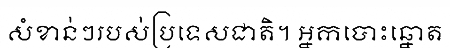
សំខាន់ៗរបស់ប្រទេសជាតិ។ អ្នកបោះឆ្នោត